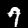
Digit: 7